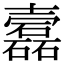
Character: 𡕎